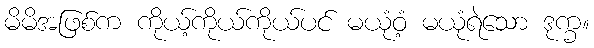
မိမိအဖြစ်က ကိုယ့်ကိုယ်ကိုယ်ပင် မယုံဝံ့ မယုံရဲသော ဒုက္ခ။